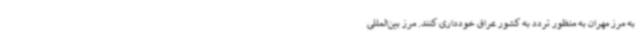
به مرز مهران به منظور تردد به کشور عراق خودداری کنند. مرز بین‌المللی